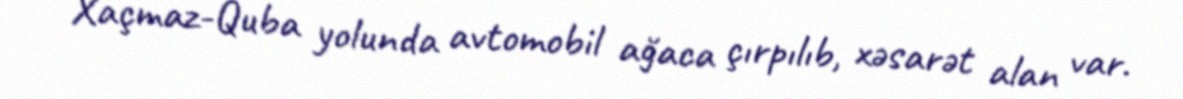
Xaçmaz-Quba yolunda avtomobil ağaca çırpılıb, xəsarət alan var.